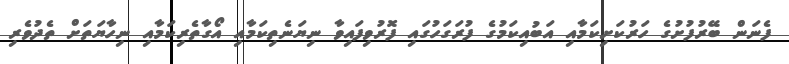
ފެނަން ބޭރުފުށުގެ ހަރުކަށިކަމާއި އަބުއިކަމުގެ ފުރަގަހުގައި ފޮރުވިފައިވާ ނިޔަނެތިކަމާއި އޯގާތެރިކަމާއި ނިހާޔަތަށް ތެދުވެރި